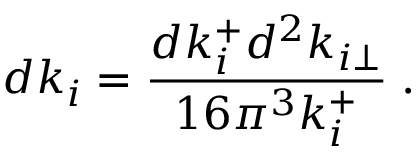
d k _ { i } = { \frac { d k _ { i } ^ { + } d ^ { 2 } k _ { i \perp } } { 1 6 \pi ^ { 3 } k _ { i } ^ { + } } } \; .